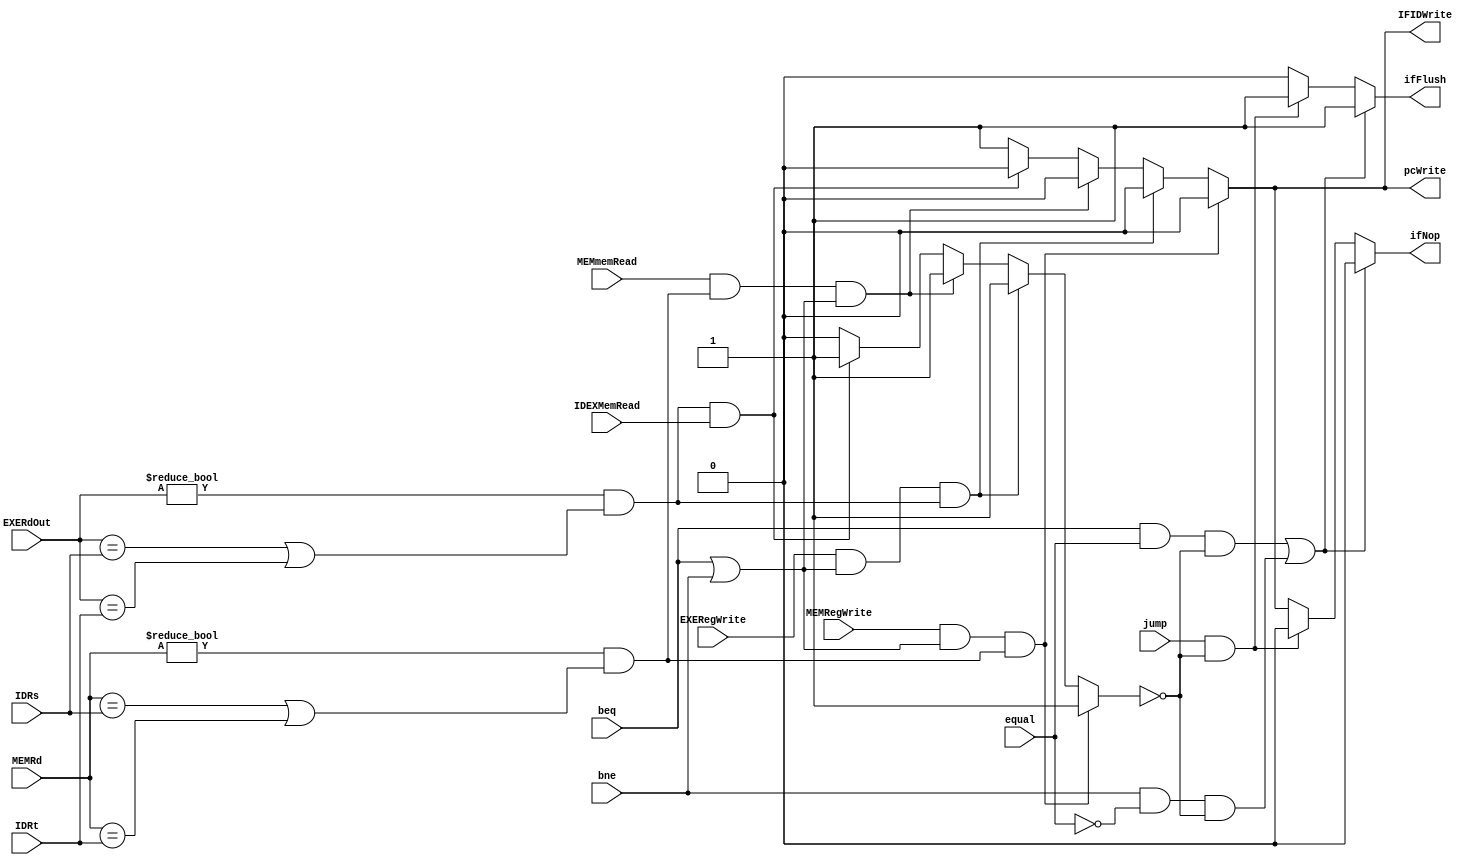
`timescale 1ps/1ps
module HazardUnit (
    IDEXMemRead,
    MEMmemRead,
    beq, 
    bne, 
    equal,
    jump, 
    EXERegWrite,
    MEMRegWrite,
    IDRs, 
    IDRt, 
    EXERdOut, 
    MEMRd,
    IFIDWrite,
    pcWrite, 
    ifNop,
    ifFlush
    );

    input IDEXMemRead,
    MEMmemRead, 
    beq, 
    bne, 
    equal,
    jump,
    EXERegWrite,
    MEMRegWrite;

    input [4:0] IDRs, 
    IDRt, 
    EXERdOut, 
    MEMRd;

    output reg IFIDWrite,
    pcWrite, 
    ifNop,
    ifFlush;

    reg stall = 0;
    wire LWCmdEXE, LWCmdMEM, DataDepEXE, DataDepMEM, RTypeCmdEXE, RTypeCmdMEM;
    assign LWCmdEXE = IDEXMemRead;
    assign LWCmdMEM = MEMmemRead;
    assign RTypeCmdEXE = EXERegWrite;
    assign RTypeCmdMEM = MEMRegWrite;
    assign DataDepEXE = (EXERdOut != 5'b0 && (EXERdOut == IDRs || EXERdOut == IDRt));
    assign DataDepMEM = (MEMRd != 5'b0 && (MEMRd == IDRs || MEMRd == IDRt));
    //Cases:
    //1- lw in EXE with data Dependency -> stall
    //2- lw in MEM with data Dependency with beq -> second stall
    //3- Rtype in EXE then beq -> stall
    //4- Rtype in MEM then beq -> stall
    //5,6- Flush after Jump, Beq, Bne
    always@(*) begin
        IFIDWrite = 1;
        pcWrite = 1;
        ifNop = 1;
        ifFlush = 0;
        stall = 0;
        //1-
        if (DataDepEXE && LWCmdEXE) begin
            stall = 1;
            IFIDWrite = 0;
            pcWrite = 0;
            ifNop = 0;
        end
        //2-
        if (LWCmdMEM && DataDepMEM && (beq || bne)) begin
            stall = 1;
            IFIDWrite = 0;
            pcWrite = 0;
            ifNop = 0;
        end
        //3-
        if (RTypeCmdEXE && (beq || bne) && DataDepEXE) begin
            stall = 1;
            IFIDWrite = 0;
            pcWrite = 0;
            ifNop = 0;
        end
        //4-
        if (RTypeCmdMEM && (beq || bne) && DataDepMEM) begin
            stall = 1;
            IFIDWrite = 0;
            pcWrite = 0;
            ifNop = 0;
        end
        //5-
        if (jump && ~stall) begin
            ifNop = 0;
            ifFlush = 1;
        end
        //6-
        if ((beq && equal && ~stall) || (bne && ~equal && ~stall)) begin
            ifNop = 0;
            ifFlush = 1;
        end

    end
    
endmodule